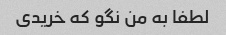
لطفا به من نگو ​​که خریدی